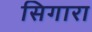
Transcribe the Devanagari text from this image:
सिगारा